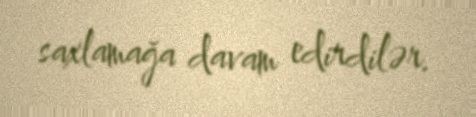
saxlamağa davam edirdilər.